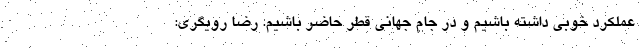
عملکرد خوبی داشته باشیم و در جام جهانی قطر حاضر باشیم. رضا رویگری: